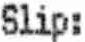
SLIP: